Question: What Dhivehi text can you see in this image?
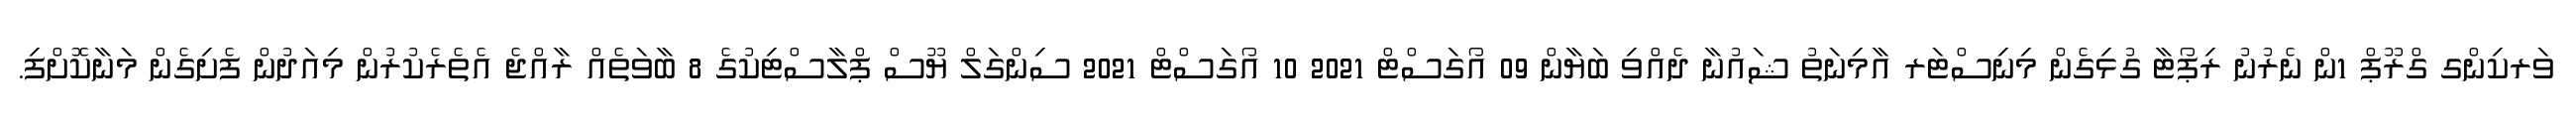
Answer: ވަރކިންގ ގްރޫޕް 1ން ނެރުނު ރިޕޯޓާ ގުޅިގެން މިނިސްޓަރ އާމިނަތު ޝައުނާ ދެއްވި ބަޔާން 09 އޯގަސްޓް 2021 10 އޯގަސްޓް 2021 ސިންގަލް ޔޫސް ޕްލާސްޓިކުގެ 8 ބާވަތެއް ރާއްޖެ އެތެރެކުރުން މިއަދުން ފެށިގެން މަނާކޮށްފި.